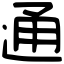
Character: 通